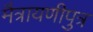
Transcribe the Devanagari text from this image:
मैत्रायणीपुत्र